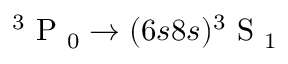
\ensuremath { { ^ 3 \mathrm { ~ P ~ } _ { 0 } } } \rightarrow ( 6 s 8 s ) \ensuremath { { ^ 3 \mathrm { ~ S ~ } _ { 1 } } }